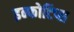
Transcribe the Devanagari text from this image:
इन्फोटिप्स